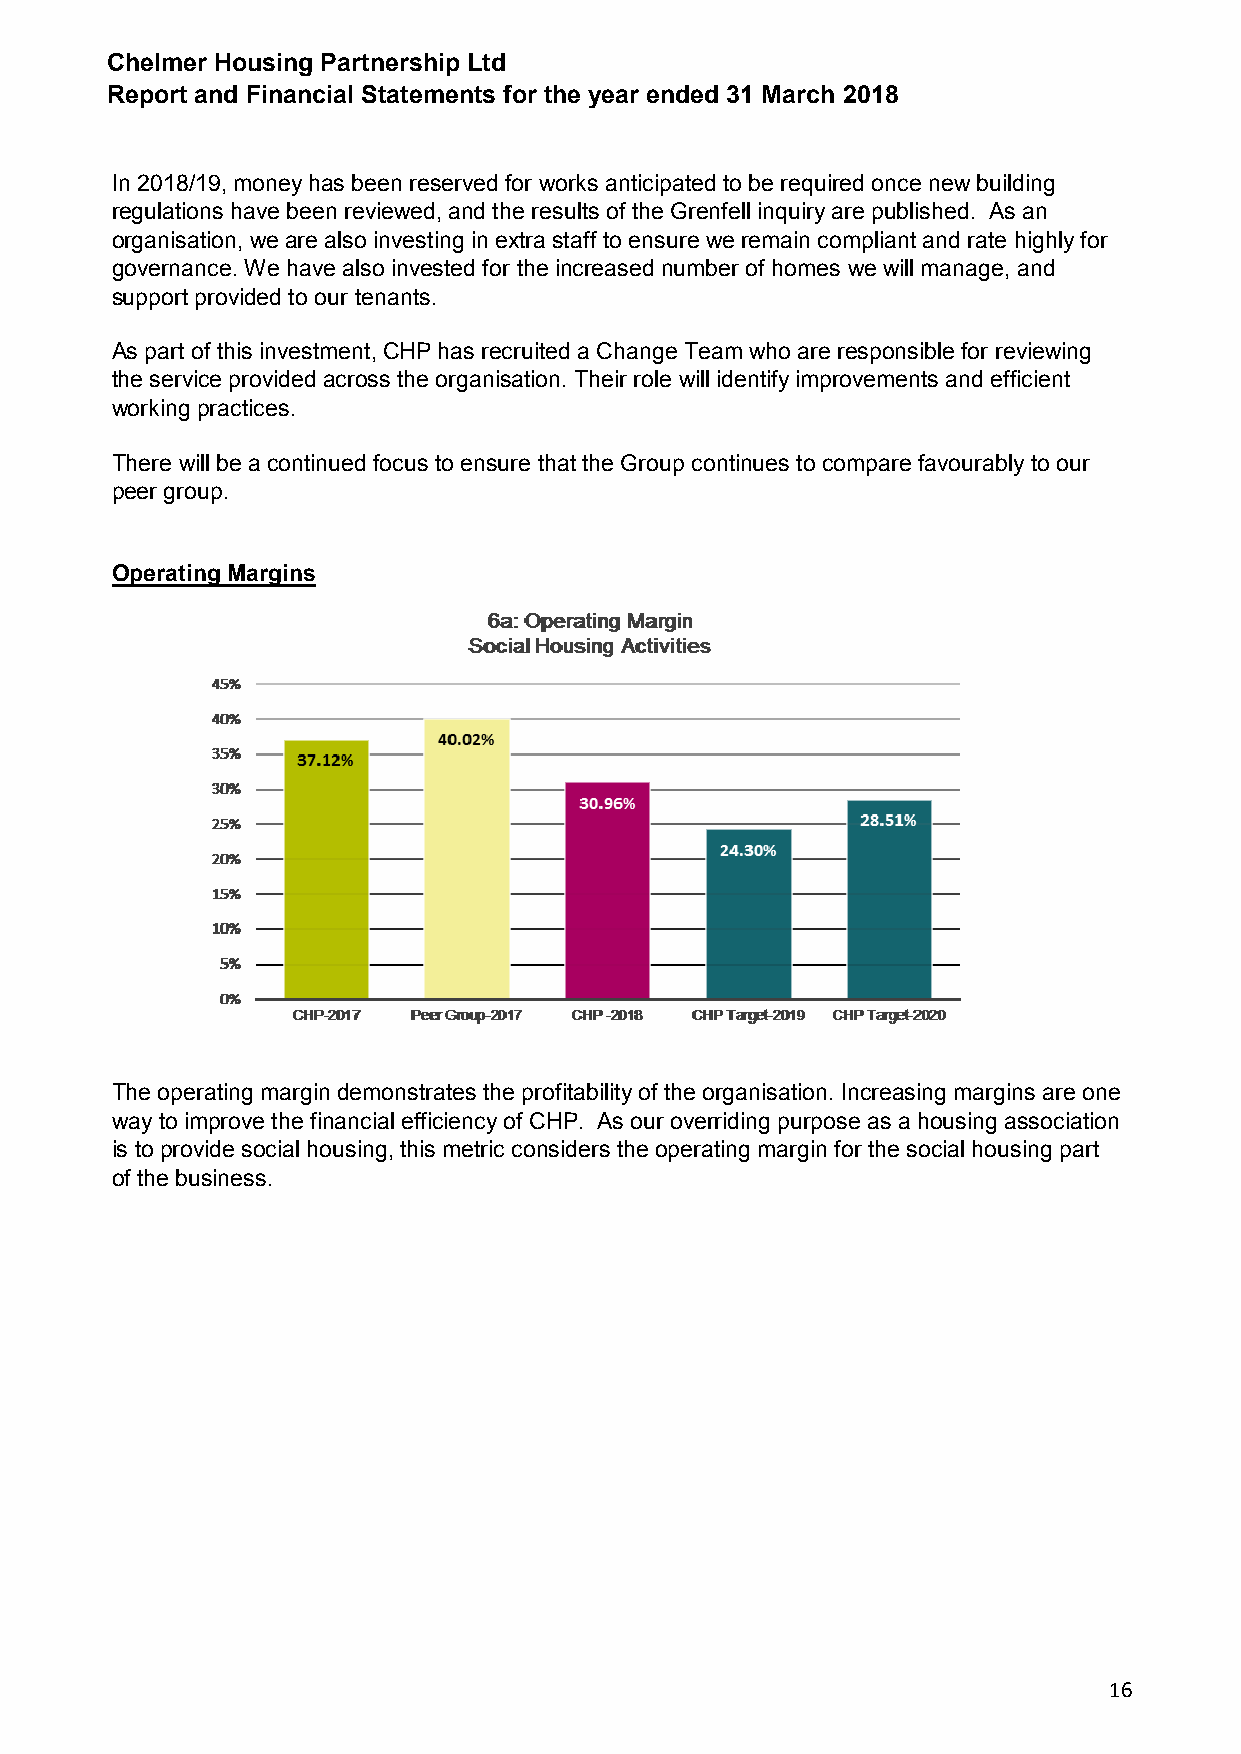
Chelmer Housing Partnership Ltd
 Report and Financial Statements for the year ended 31 March 2018
 In 2018/19, money has been reserved for works anticipated to be required once new building
 regulations have been reviewed, and the results of the Grenfell inquiry are published. As an
 organisation, we are also investing in extra staff to ensure we remain compliant and rate highly for
 governance. We have also invested for the increased number of homes we will manage, and
 support provided to our tenants.
 As part of this investment, CHP has recruited a Change Team who are responsible for reviewing
 the service provided across the organisation. Their role will identify improvements and efficient
 working practices.
 There will be a continued focus to ensure that the Group continues to compare favourably to our
 peer group.
 Operating Margins
 The operating margin demonstrates the profitability of the organisation. Increasing margins are one
 way to improve the financial efficiency of CHP. As our overriding purpose as a housing association
 is to provide social housing, this metric considers the operating margin for the social housing part
 of the business.
 16